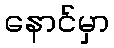
နောင်မှာ